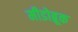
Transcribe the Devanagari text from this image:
मीडोब्रूक